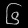
Digit: ၆